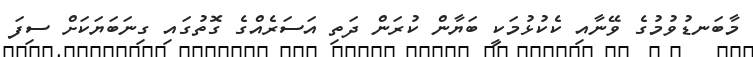
މާބަނޑުވުމުގެ ވޭނާއި ކެކުޅުމަކީ ބަޔާން ކުރަން ދަތި އަސަރެއްގެ ގޮތުގައި ގިނަބަޔަކަށް ސިފަ